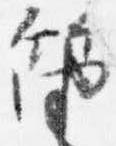
笛